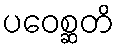
ပဝေစ္ဆတိ